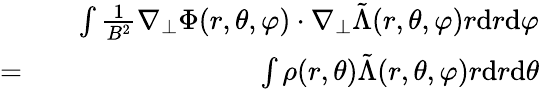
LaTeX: \begin{array}{rlr}&{}&{\int\frac{1}{B^{2}}\nabla_{\perp}\Phi(r,\theta,\varphi)\cdot\nabla_{\perp}\tilde{\Lambda}(r,\theta,\varphi)r\mathrm{d}r\mathrm{d}\varphi}\\ {=}&{}&{\int\rho(r,\theta)\tilde{\Lambda}(r,\theta,\varphi)r\mathrm{d}r\mathrm{d}\theta}\end{array}